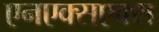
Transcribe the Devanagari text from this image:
एनएक्सएक्स